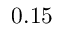
0 . 1 5